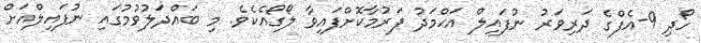
ހޯދި 9-އެފްގެ ދަރިވަރު ނުފައިލް އަޙްމަދު ފަރުމާކޮށްފައިވާ ލޯގޯއެކެވެ. މި ބައްދަލުވުމުގައި ނުފައިލްއަށް